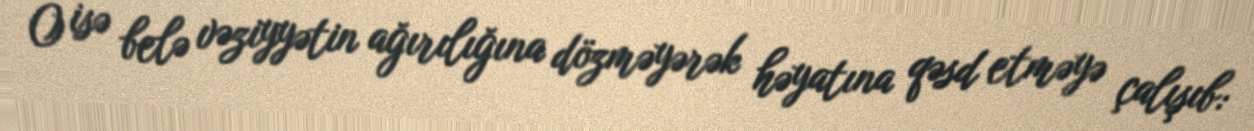
O isə belə vəziyyətin ağırılığına dözməyərək həyatına qəsd etməyə çalışıb: